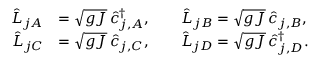
\begin{array} { r l } { \hat { L } _ { j A } } & { = \sqrt { g J } \, \hat { c } _ { j , A } ^ { \dagger } , \qquad \hat { L } _ { j B } = \sqrt { g J } \, \hat { c } _ { j , B } , } \\ { \hat { L } _ { j C } } & { = \sqrt { g J } \, \hat { c } _ { j , C } , \qquad \hat { L } _ { j D } = \sqrt { g J } \, \hat { c } _ { j , D } ^ { \dagger } . } \end{array}